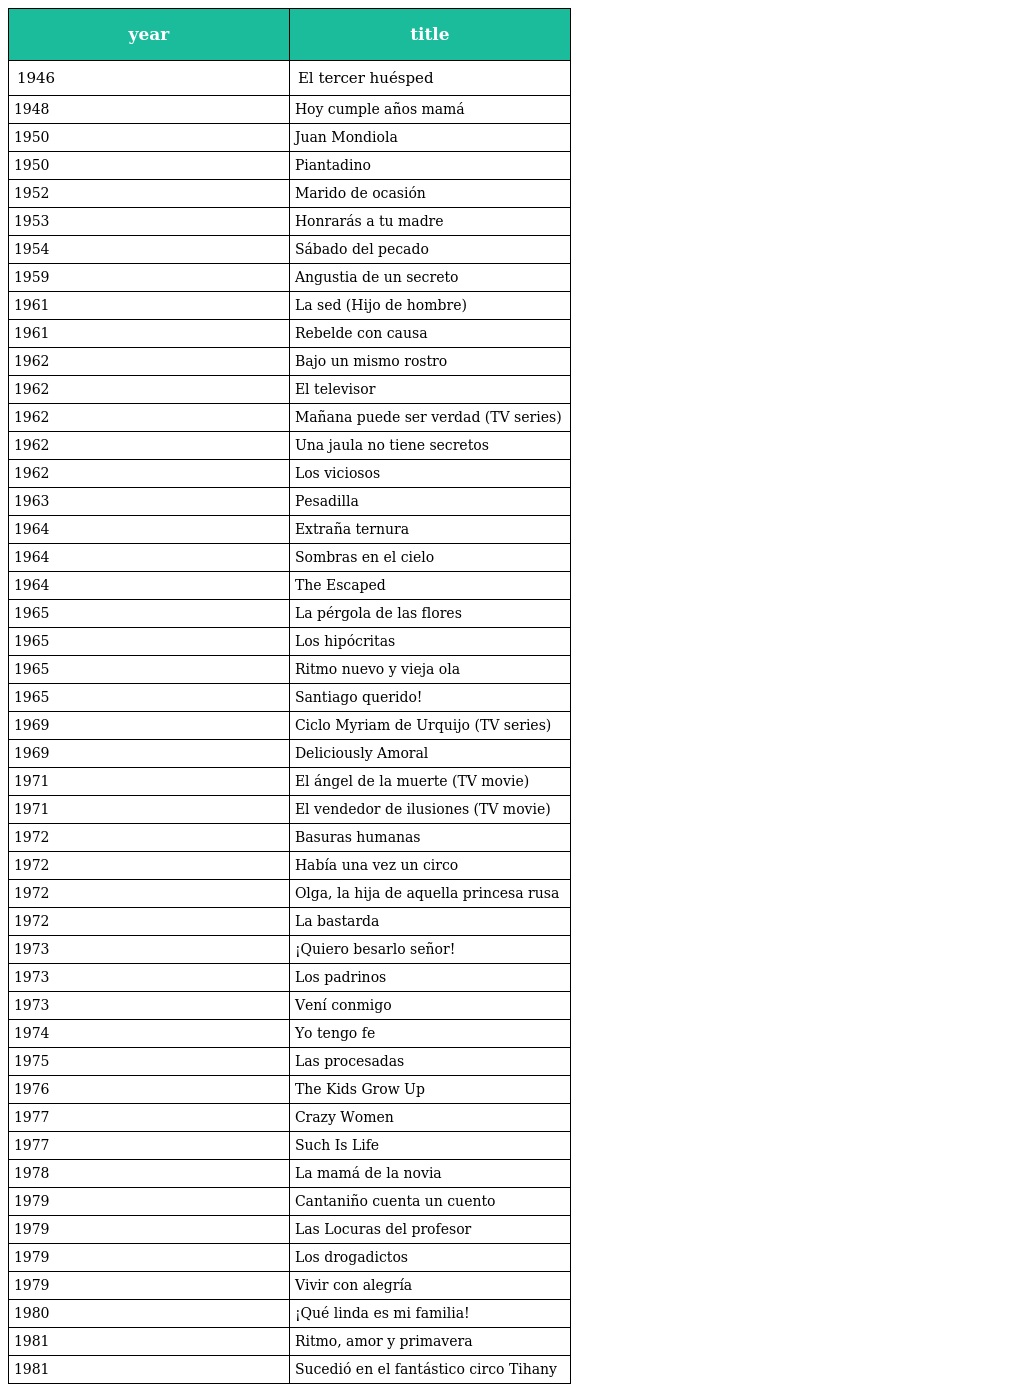
| year | title |
 | --- | --- |
 | 1946 | El tercer huésped |
 | 1948 | Hoy cumple años mamá |
 | 1950 | Juan Mondiola |
 | 1950 | Piantadino |
 | 1952 | Marido de ocasión |
 | 1953 | Honrarás a tu madre |
 | 1954 | Sábado del pecado |
 | 1959 | Angustia de un secreto |
 | 1961 | La sed (Hijo de hombre) |
 | 1961 | Rebelde con causa |
 | 1962 | Bajo un mismo rostro |
 | 1962 | El televisor |
 | 1962 | Mañana puede ser verdad (TV series) |
 | 1962 | Una jaula no tiene secretos |
 | 1962 | Los viciosos |
 | 1963 | Pesadilla |
 | 1964 | Extraña ternura |
 | 1964 | Sombras en el cielo |
 | 1964 | The Escaped |
 | 1965 | La pérgola de las flores |
 | 1965 | Los hipócritas |
 | 1965 | Ritmo nuevo y vieja ola |
 | 1965 | Santiago querido! |
 | 1969 | Ciclo Myriam de Urquijo (TV series) |
 | 1969 | Deliciously Amoral |
 | 1971 | El ángel de la muerte (TV movie) |
 | 1971 | El vendedor de ilusiones (TV movie) |
 | 1972 | Basuras humanas |
 | 1972 | Había una vez un circo |
 | 1972 | Olga, la hija de aquella princesa rusa |
 | 1972 | La bastarda |
 | 1973 | ¡Quiero besarlo señor! |
 | 1973 | Los padrinos |
 | 1973 | Vení conmigo |
 | 1974 | Yo tengo fe |
 | 1975 | Las procesadas |
 | 1976 | The Kids Grow Up |
 | 1977 | Crazy Women |
 | 1977 | Such Is Life |
 | 1978 | La mamá de la novia |
 | 1979 | Cantaniño cuenta un cuento |
 | 1979 | Las Locuras del profesor |
 | 1979 | Los drogadictos |
 | 1979 | Vivir con alegría |
 | 1980 | ¡Qué linda es mi familia! |
 | 1981 | Ritmo, amor y primavera |
 | 1981 | Sucedió en el fantástico circo Tihany |